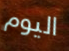
اليوم